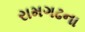
રામગઢના